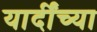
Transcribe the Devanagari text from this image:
यार्दींच्या